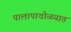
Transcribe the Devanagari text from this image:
पालापाचोळयात